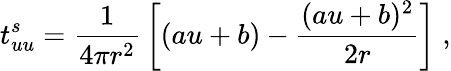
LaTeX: t_{uu}^{s}={\frac{1}{4\pi r^{2}}}\left[(au+b)-{\frac{(au+b)^{2}}{2r}}\right]\; ,